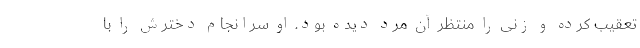
تعقیب کرده و زنی را منتظر آن مرد دیده بود. او سرانجام دخترش را با